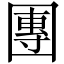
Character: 團